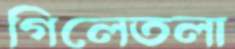
গিলেতলা